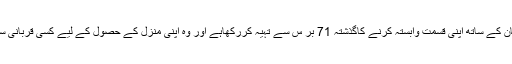
کشمیری عوام نے پاکستان کے ساتھ اپنی قسمت وابستہ کرنے کاگذشتہ 71 بر س سے تہیہ کررکھاہے اور وہ اپنی منزل کے حصول کے لیے کسی قربانی سے دریغ نہیں کریں گے۔